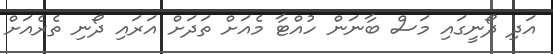
އަދި ދޯނީގައި މަސް ބާނަން ހުއްޓާ މެއަށް ތަދަށް އަރައި ދޯނި ތެރެއަށް